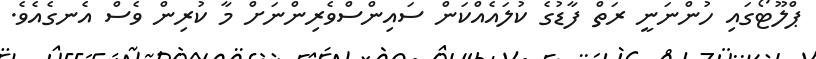
ޕްލޫޓޯގައި ހުންނަނީ ރަތް ފާޑުގެ ކުލައެއްކަން ސައިންސްވެރިންނަށް މާ ކުރިން ވެސް އެނގެއެވެ.